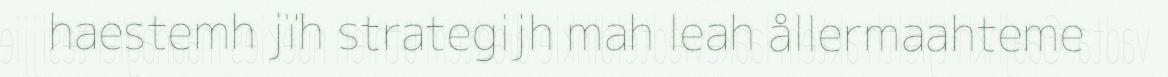
haestemh jïh strategijh mah leah ållermaahteme